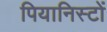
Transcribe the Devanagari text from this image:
पियानिस्टों